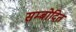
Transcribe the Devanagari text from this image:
सम्बोदित